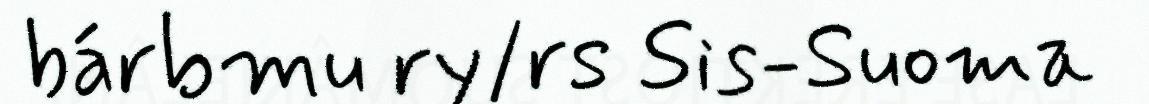
bárbmu ry/rs Sis-Suoma